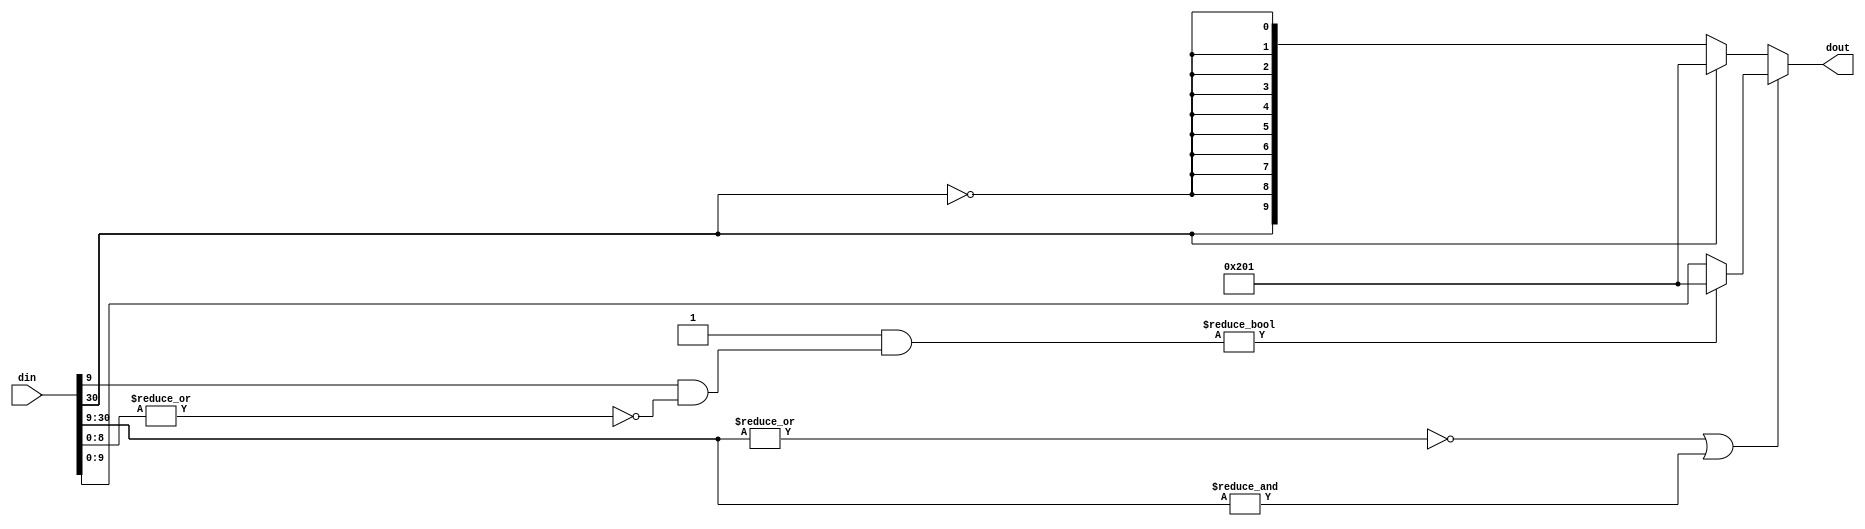
module sat_handle #(
parameter WI = 31,
parameter WO = 10,
parameter NEG_SAT_FLAG = 1
)(
input [WI-1:0] din,
output [WO-1:0] dout
);

wire not_sat_flg;
wire [WI-WO:0] sat_part;

assign sat_part[WI-WO:0] = din[WI-1:WO-1];
assign not_sat_flg = (~(|sat_part)) | (&sat_part);
assign dout = not_sat_flg ? (NEG_SAT_FLAG & (din[WO-1] & (~(|din[WO-2:0])))) ? {1'b1, {(WO-2){1'b0}}, 1'b1}
                                                                             : din[WO-1:0]
                          : (NEG_SAT_FLAG & din[WI-1]) ? {1'b1, {(WO-2){1'b0}}, 1'b1}
                                                       : {din[WI-1],{(WO-1){~din[WI-1]}}};

endmodule